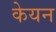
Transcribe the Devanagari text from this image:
केयन